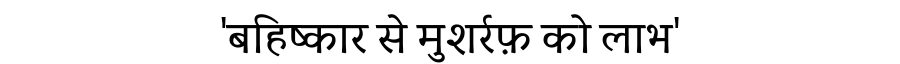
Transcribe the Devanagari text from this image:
'बहिष्कार से मुशर्रफ़ को लाभ'